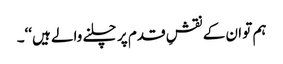
ہم تو ان کے نقشِ قدم پر چلنے والے ہیں‘‘۔